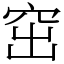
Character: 窋